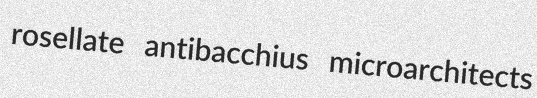
rosellate antibacchius microarchitects